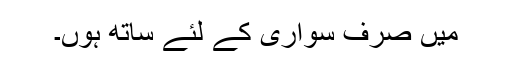
میں صرف سواری کے لئے ساتھ ہوں۔